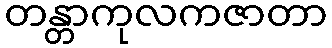
တန္တာကုလကဇာတာ